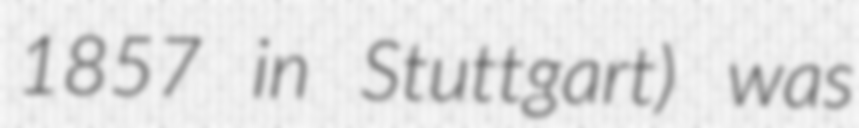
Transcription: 1857 in Stuttgart) was